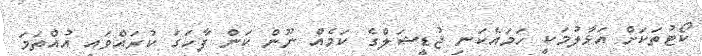
ކޯޓުތަކަށް އަޅާލުމަކީ ހަަމައެކަނި ޖުޑީޝަލްގެ ކަމެއް ނޫން ކަން ފާހަގަ ކުރައްވައި އުއްތަމަ